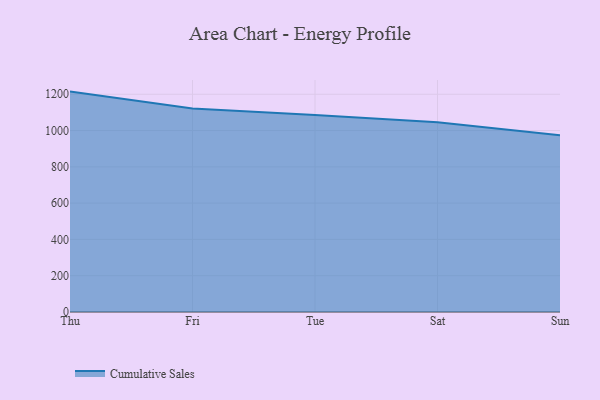
{"axis": {"x": "Day", "y": "Inventory Turnover"}, "legend": ["Cumulative Sales"], "data": [{"x": "Thu", "y": 1214.7, "type": "Cumulative Sales"}, {"x": "Fri", "y": 1122.2, "type": "Cumulative Sales"}, {"x": "Tue", "y": 1085.9, "type": "Cumulative Sales"}, {"x": "Sat", "y": 1045.6, "type": "Cumulative Sales"}, {"x": "Sun", "y": 974.3, "type": "Cumulative Sales"}]}